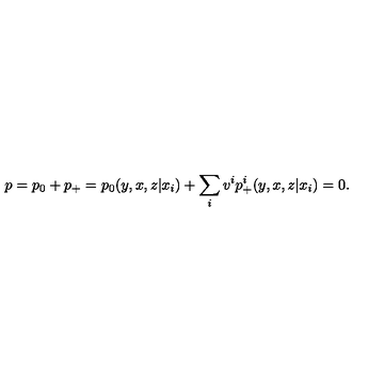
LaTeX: p = p _ { 0 } + p _ { + } = p _ { 0 } ( y , x , z | x _ { i } ) + \sum _ { i } v ^ { i } p _ { + } ^ { i } ( y , x , z | x _ { i } ) = 0 .